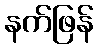
နက်ဖြန်